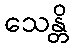
သေန္တိ